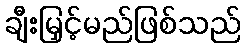
ချီးမြှင့်မည်ဖြစ်သည်